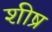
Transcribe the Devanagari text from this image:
शीष्र